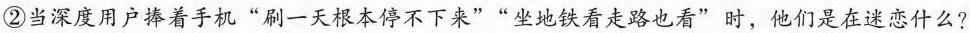
②当深度用户捧着手机”刷一天根本停不下来””坐地铁看走路也看”时，他们是在迷恋什么?